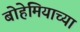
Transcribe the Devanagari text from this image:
बोहेमियाच्या